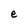
Character: e